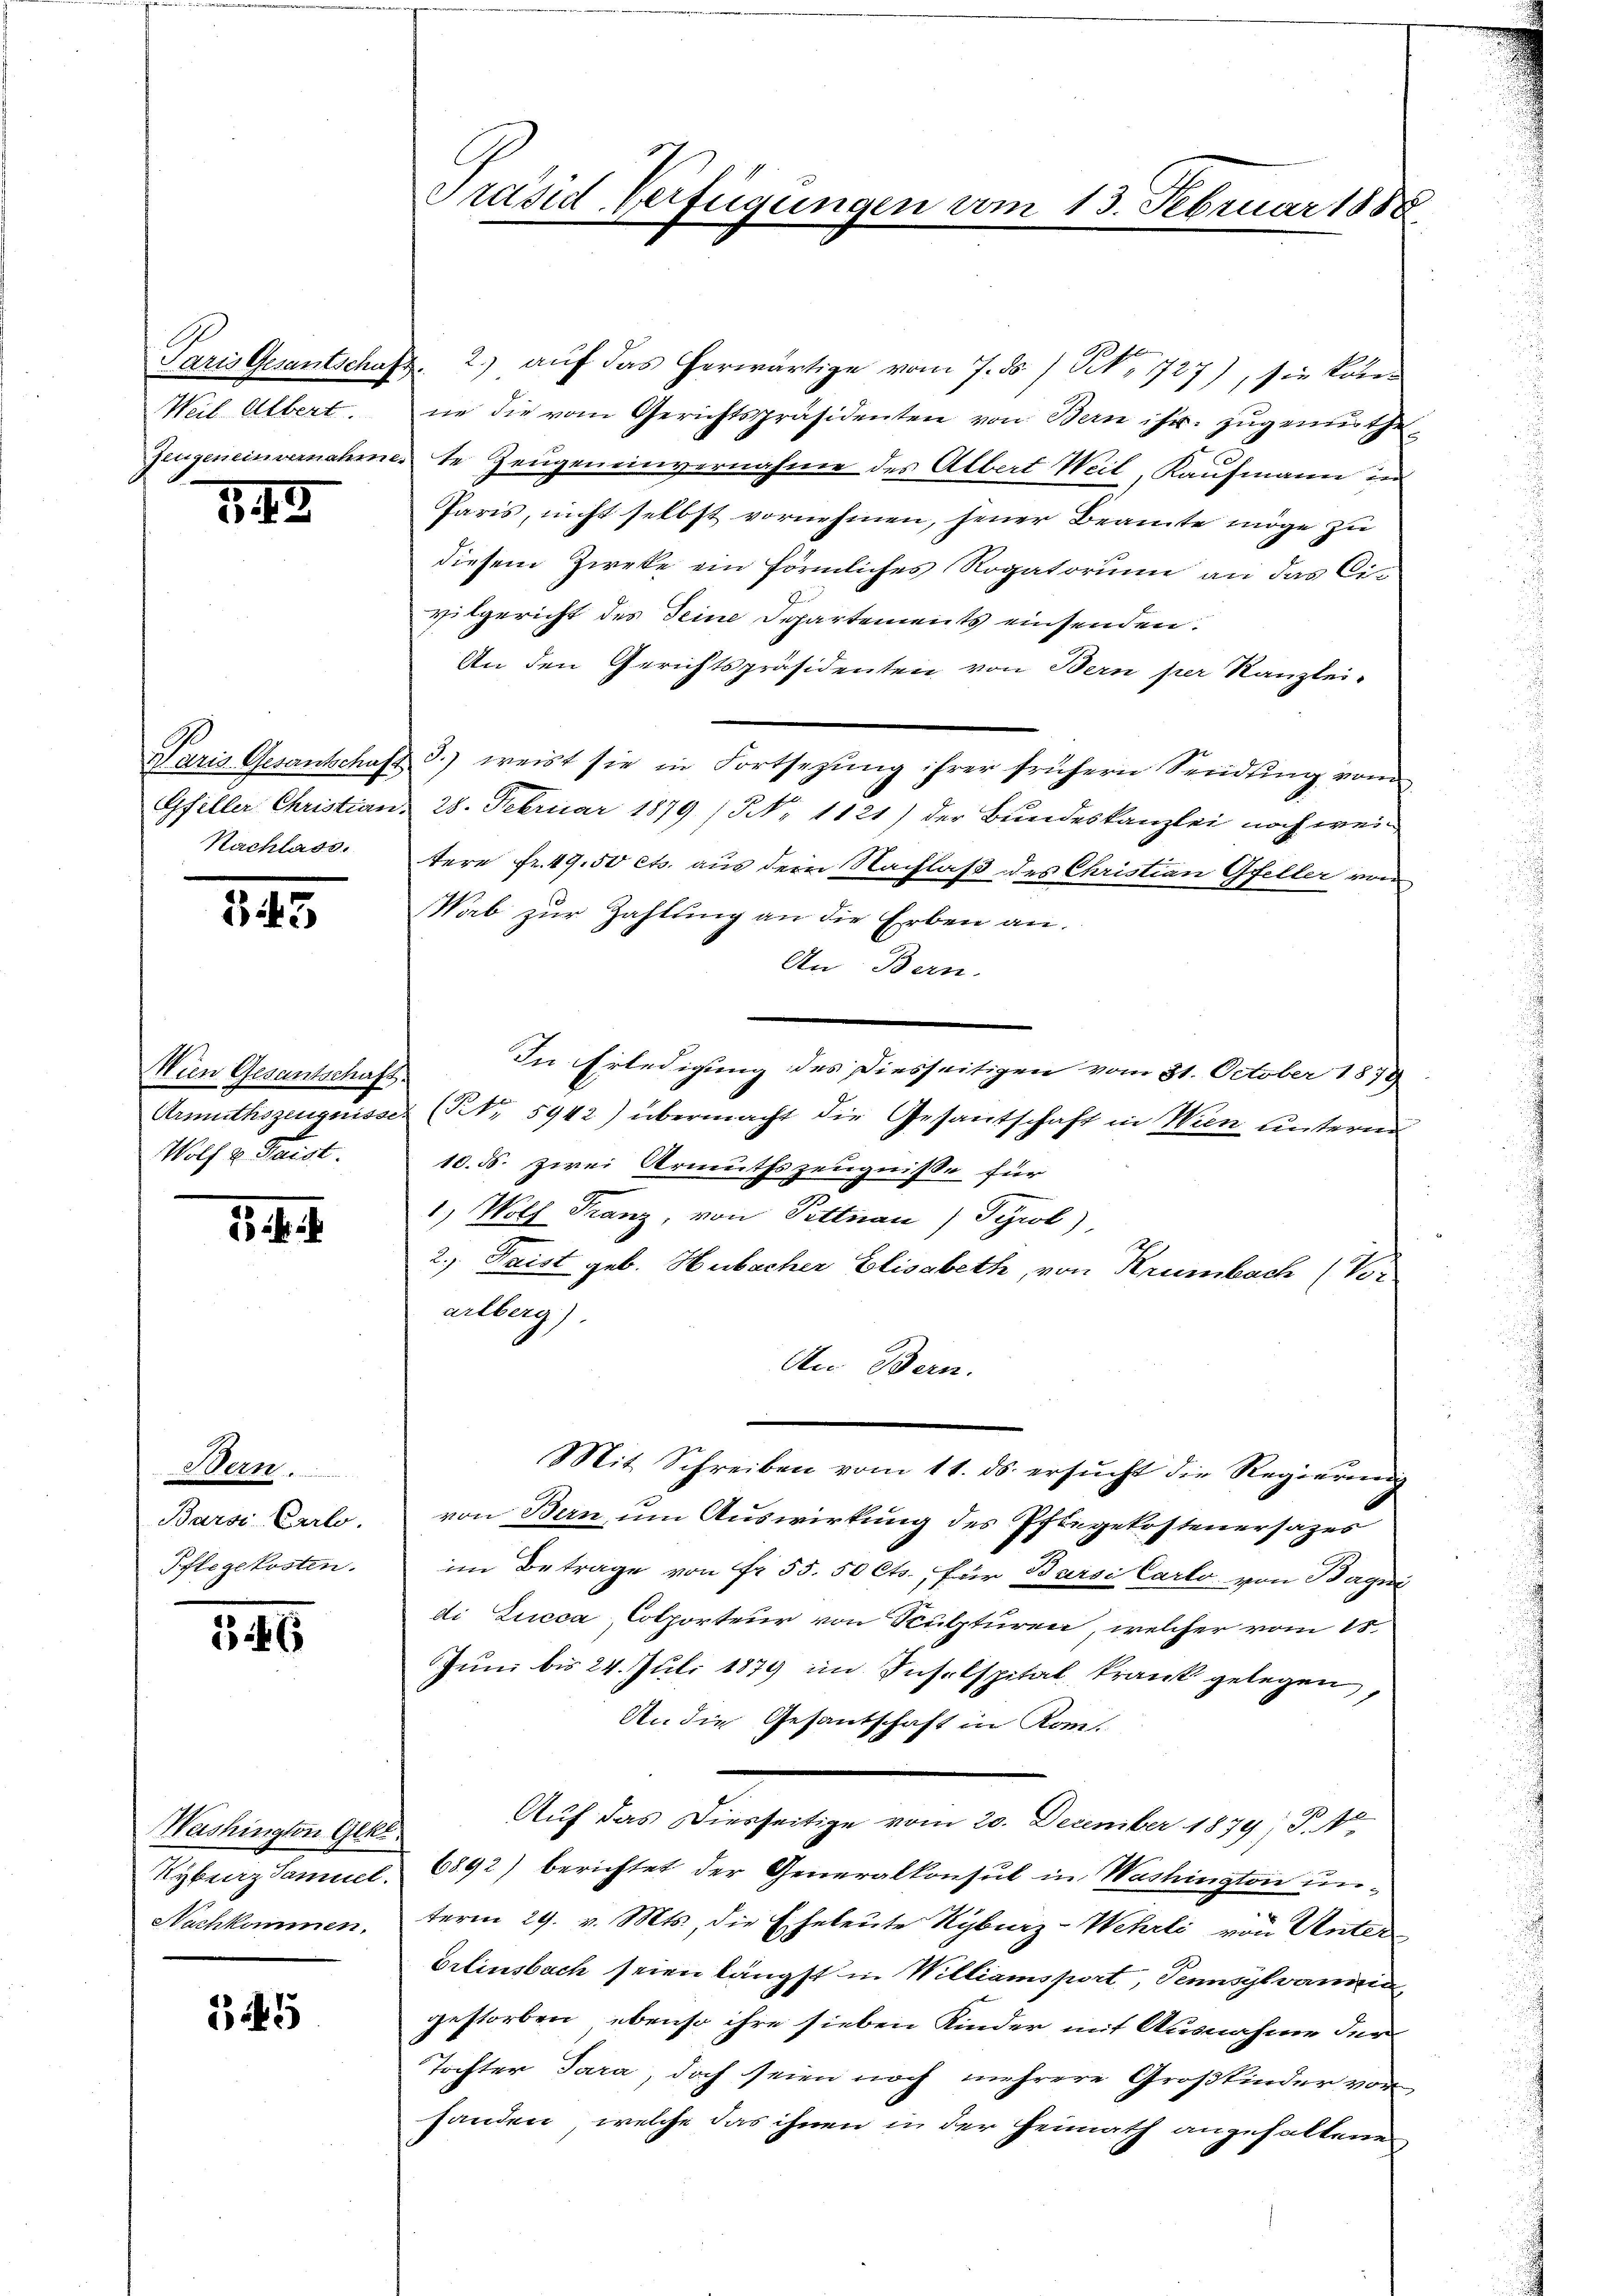
Weil Albert.
Zeugeneinvernahme.

543

Paris Gesantschaft
Gfeller Christian.
Nachlade.

343

Wien Gesantschaft.
Urmuthszeugnisse.
Wolf v. Frist.

3. 4. J

Bern.
Barsi Carlo.
Pflegekosten.

546

Washington Gekl
Ryburzdamuel.
Nachkommen.

545

Präsid Verfügungen vom 13. Februar 1888.

Paris Gesantschaft. 2. aŭf das herwärtige vom 7. ds / No 727), sie kon-
ne die vom Gerichtspräsidenten von Bern ihr. zugemuthete Zeugen einvernahme des Albert Weil, Kaufmann in
Paris, nicht selbst vornehmen, jener Beamte möge zu
diesem Zieke ein förmliches Rogatorium an das Civilgericht des Deine Departements einsenden.
An den Gerichtspräsidenten von Bern per Kanzlei-
3.) weist sie in Fortsezung ihrer frühern Sendung vom
28. Februar 1879 (NNo. 1121) der Bundeskanzlei noch wei
tere Fr. 49,50 cts. aus dem Nachlaß des Christian Gfeller von
WWab zur Zahlung an die Erben an.
An Bern.
In Erledigung des Diesseitigen vom 31. October 1879
(Nr. 5942) übermacht die Gesantschaft in Wien unterm
10. ds. zwei Armuthszeugniße für
1) Wolf Franz, von Pettnau) Tyrol),
2.) Daist geb. Hubacher Elisabeth, von Krumbach (Vor
arlberg)
An Bern.
Mit Schreiben vom 11. ds. ersŭcht die Regierŭng
von Bern, um Auswirkung des Pflegekostenersazes
im Betrage von Fr. 55. 50 Cts. für Barsi Carlo von Bagni
di Lucca Colporteur von Kulturen, welcher vom 15.
Juni bis 24. Juli 1879 im Inselspital krank gelegen,
An die Gesantschaft in Kom-
Auf das Diesseitige vom 20. December 1879; P. 1
6892) berichtet der Generalkonsul in Washington unterm 29. v. Mts., die Eheleute Kyburz-Wehrli von Unter
Erlinsbach seien längst in Williansport, Tennsylvani
gestorben, ebenso ihre sieben Kinder mit Ausnahme der
Tochter Jara, doch seien noch mehrere Großkinder vor
handen, welche das ihnen in der Heimath angehaltene